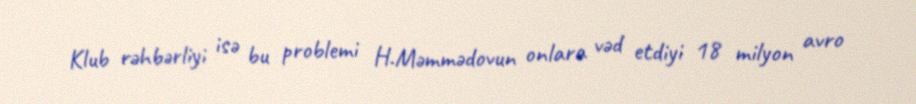
Klub rəhbərliyi isə bu problemi H.Məmmədovun onlara vəd etdiyi 18 milyon avro